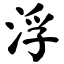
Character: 浮